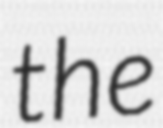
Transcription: the